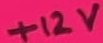
Text: +12V